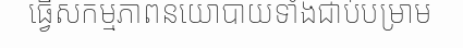
ធ្វើសកម្មភាពនយោបាយទាំងជាប់បម្រាម